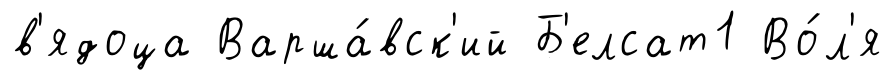
в'ядоца Варша́вск'ий Б'елсат1 Во́л'я